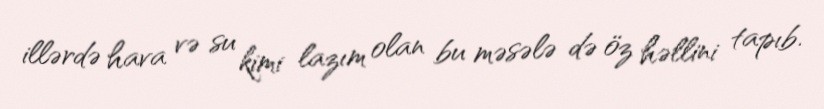
illərdə hava və su kimi lazım olan bu məsələ də öz həllini tapıb.